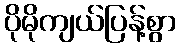
ပိုမိုကျယ်ပြန့်စွာ